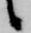
候